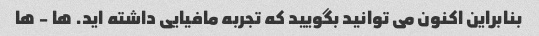
بنابراین اکنون می توانید بگویید که تجربه مافیایی داشته اید. ها - ها